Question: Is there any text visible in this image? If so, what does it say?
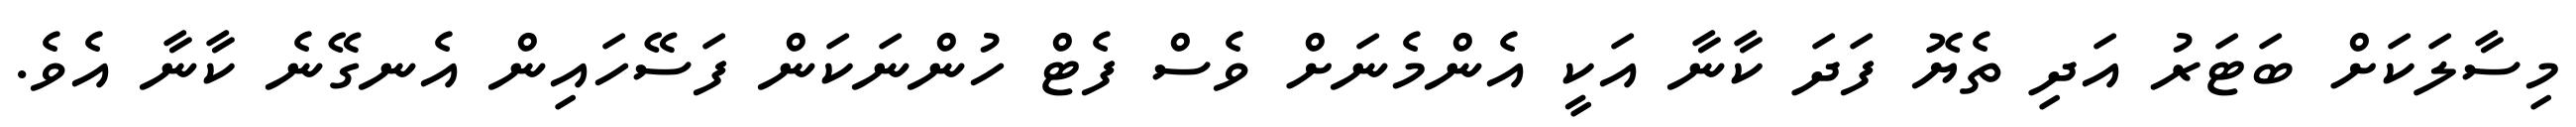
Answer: މިސާލަކަށް ބަޓަރު އަދި ތެޔޮ ފަދަ ކާނާ އަކީ އެންމެނަށް ވެސް ފެޓް ހުންނަކަން ފަސޭހައިން އެނގޭނެ ކާނާ އެވެ.